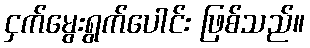
ငှက်မွေးရွက်ပေါင်း ဖြစ်သည်။